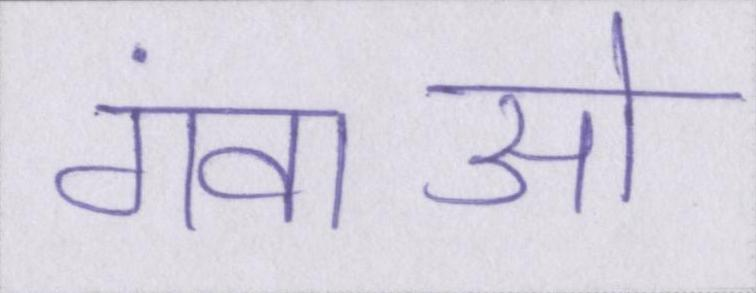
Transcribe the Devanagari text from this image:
गंवाओ